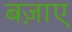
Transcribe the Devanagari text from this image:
बज़ाए